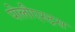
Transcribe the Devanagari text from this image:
पोलीएस्ट्रस